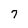
Character: 7